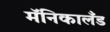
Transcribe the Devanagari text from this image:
मॅनिकालँड